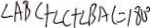
\angle A B C + \angle C + \angle B A C = 1 8 0 ^ { \circ }